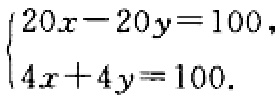
$\begin{cases}20x - 20y = 100,\\4x + 4y = 100.\end{cases}$